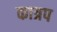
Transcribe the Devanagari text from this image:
कात्रप